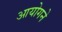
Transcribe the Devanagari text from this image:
आयोगने